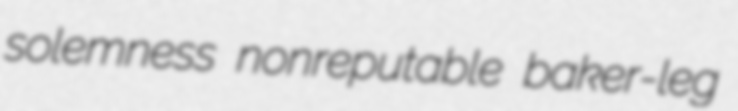
solemness nonreputable baker-leg